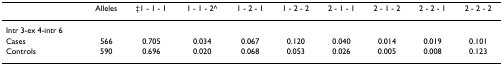
<table><thead><tr><td></td><td><b>Alleles</b></td><td><b>‡1 - 1 - 1</b></td><td><b>1 - 1 - 2^</b></td><td><b>1 - 2 - 1</b></td><td><b>1 - 2 - 2</b></td><td><b>2 - 1 - 1</b></td><td><b>2 - 1 - 2</b></td><td><b>2 - 2 - 1</b></td><td><b>2 - 2 - 2</b></td></tr></thead><tbody><tr><td>Intr 3-ex 4-intr 6</td><td></td><td></td><td></td><td></td><td></td><td></td><td></td><td></td><td></td></tr><tr><td>Cases</td><td>566</td><td>0.705</td><td>0.034</td><td>0.067</td><td>0.120</td><td>0.040</td><td>0.014</td><td>0.019</td><td>0.101</td></tr><tr><td>Controls</td><td>590</td><td>0.696</td><td>0.020</td><td>0.068</td><td>0.053</td><td>0.026</td><td>0.005</td><td>0.008</td><td>0.123</td></tr></tbody></table>